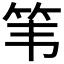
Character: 𫁳